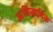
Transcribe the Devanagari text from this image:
आधिकार्तिक